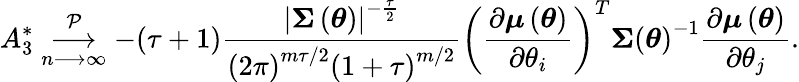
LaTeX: A_{3}^{\ast}\underset{n\longrightarrow\infty}{\overset{\mathcal{P}}{\longrightarrow}}-(\tau+1)\frac{\left\vert\boldsymbol{\Sigma}\left(\boldsymbol{\theta}\right)\right\vert^{-\frac{\tau}{2}}}{\left(2\pi\right)^{m\tau/2}\left(1+\tau\right)^{m/2}}\left(\frac{\partial\boldsymbol{\mu}\left(\boldsymbol{\theta}\right)}{\partial\theta_{i}}\right)^{T}\boldsymbol{\Sigma}\left(\boldsymbol{\theta}\right)^{-1}\frac{\partial\boldsymbol{\mu}\left(\boldsymbol{\theta}\right)}{\partial\theta_{j}}.